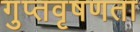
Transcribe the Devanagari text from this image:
गुप्‍तवृषणता